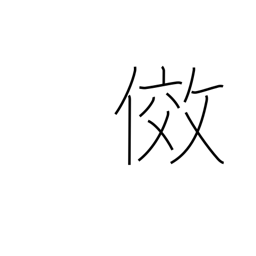
Meaning: emulate